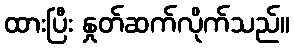
ထားပြီး နှုတ်ဆက်လိုက်သည်။